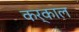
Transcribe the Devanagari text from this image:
कर्काल